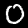
Label: 0